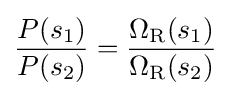
{\frac {P(s_{1})}{P(s_{2})}}={\frac {\Omega _{\text{R}}(s_{1})}{\Omega _{\text{R}}(s_{2})}}